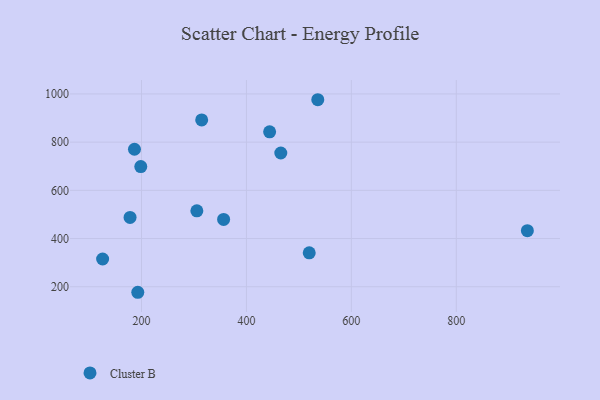
{"axis": {"x": "Study Hours", "y": "Yield"}, "legend": ["Cluster B"], "data": [{"x": "536.0", "y": 975.9, "type": "Cluster B"}, {"x": "192.9", "y": 177.1, "type": "Cluster B"}, {"x": "178.2", "y": 487.5, "type": "Cluster B"}, {"x": "305.5", "y": 514.8, "type": "Cluster B"}, {"x": "444.2", "y": 842.9, "type": "Cluster B"}, {"x": "465.5", "y": 754.9, "type": "Cluster B"}, {"x": "356.5", "y": 479.5, "type": "Cluster B"}, {"x": "314.7", "y": 892.3, "type": "Cluster B"}, {"x": "198.6", "y": 698.6, "type": "Cluster B"}, {"x": "186.6", "y": 770.4, "type": "Cluster B"}, {"x": "519.7", "y": 340.8, "type": "Cluster B"}, {"x": "935.5", "y": 432.5, "type": "Cluster B"}, {"x": "125.9", "y": 315.2, "type": "Cluster B"}]}